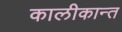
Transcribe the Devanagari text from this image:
कालीकान्त